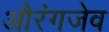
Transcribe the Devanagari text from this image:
औरंगजेव